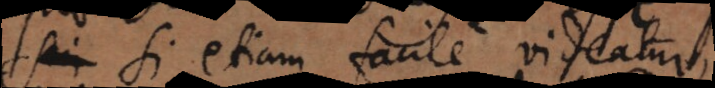
si etiam facile videat